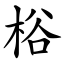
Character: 㭲